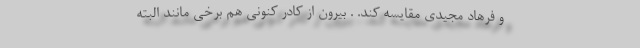
و فرهاد مجیدی مقایسه کند. . بیرون از کادر کنونی هم برخی مانند البته